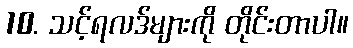
10. သင့်ရလဒ်များကို တိုင်းတာပါ။